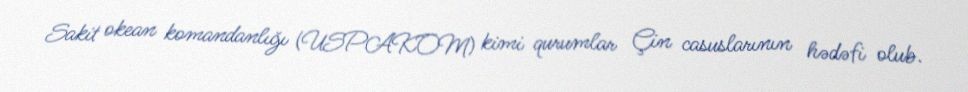
Sakit okean komandanlığı (USPAKOM) kimi qurumlar Çin casuslarının hədəfi olub.